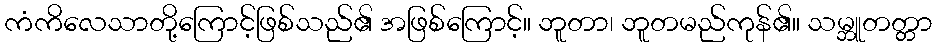
ကံကိလေသာတို့ကြောင့်ဖြစ်သည်၏ အဖြစ်ကြောင့်။ ဘူတာ၊ ဘူတမည်ကုန်၏။ သမ္ဘူတတ္တာ